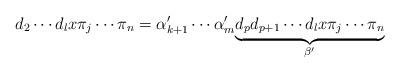
LaTeX: \begin{align*}d_2 \cdots d_l x \pi_j \cdots \pi_n=\alpha_{k+1}^{\prime}\cdots\alpha_m^{\prime}\underset{\beta^{\prime}}{\underbrace{d_p d_{p+1} \cdots d_l x \pi_j \cdots \pi_n}}\end{align*}